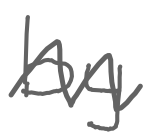
Text: by
Cross-out: mix
Writing tool: digital_gray